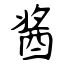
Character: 酱